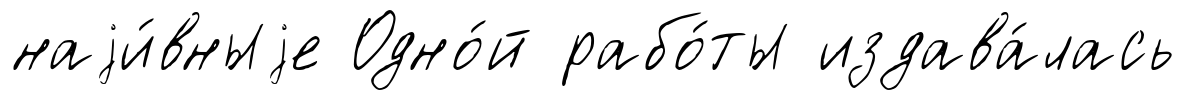
наjи́вныjе Одно́й рабо́ты издава́лась